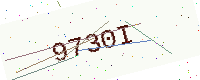
Text: 9730I